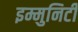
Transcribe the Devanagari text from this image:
इम्मुनिटी